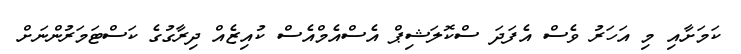
ކަމަށާއި މި އަހަރު ވެސް އެފަދަ ސްކޮލަޝިޕް އެސްއެމްއެސް ކުއިޒެއް ދިރާގުގެ ކަސްޓަމަރުންނަށް